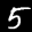
Label: 5